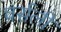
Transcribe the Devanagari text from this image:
वर्सली